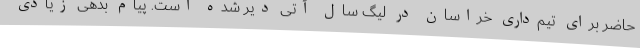
حاضر برای تیم‌داری خراسان در لیگ سال آتی دیر شده است. پیام بدهی زیادی